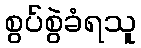
စွပ်စွဲခံရသူ